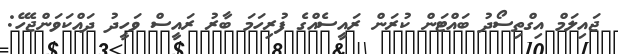
ޖައިލަމް އިގްތިސޯދު ބައްޓަން ކުރަން ރައީސެއްގެ ފުރިހަމަ ބާރު ރައީސް ވަހީދު ދައްކަވަންޖެހޭ: